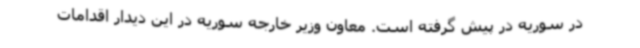
در سوریه در پیش گرفته است. معاون وزیر خارجه سوریه در این دیدار اقدامات